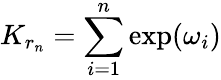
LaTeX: K_{r_{n}}=\sum_{i=1}^{n}\exp(\omega_{i})